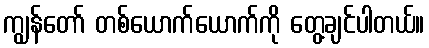
ကျွန်တော် တစ်ယောက်ယောက်ကို တွေ့ချင်ပါတယ်။